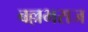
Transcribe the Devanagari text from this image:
बल्लभराज